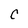
Character: C